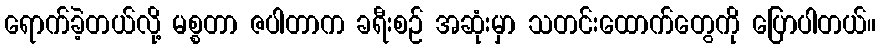
ရောက်ခဲ့တယ်လို့ မစ္စတာ ဇပါတာက ခရီးစဉ် အဆုံးမှာ သတင်းထောက်တွေကို ပြောပါတယ်။